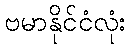
ဗမာနိုင်ငံလုံး